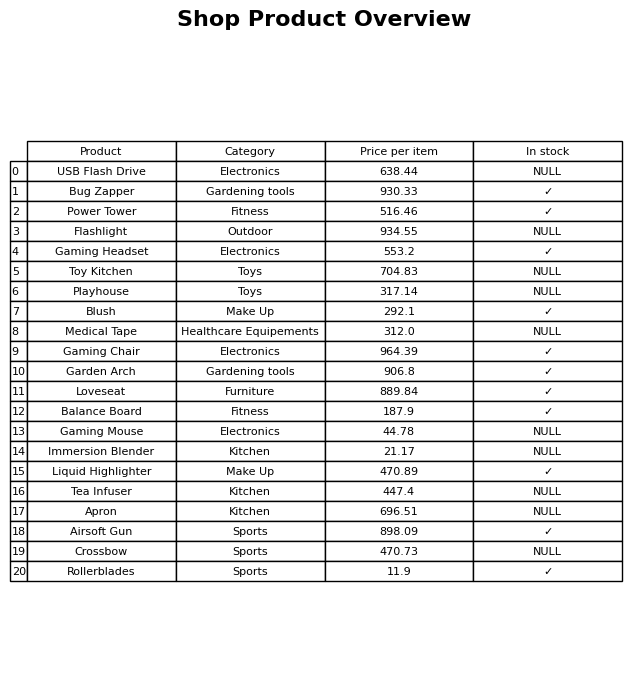
question: What is the price for Gaming Headset?
answer: The price of Gaming Headset is 553.2.